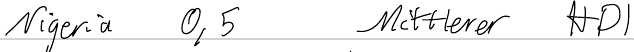
Nigeria 0,5  Mittlerer HDI